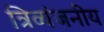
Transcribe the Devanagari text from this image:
त्रिव्यंजनीय